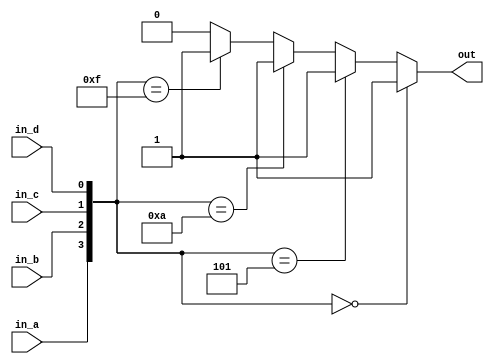
module conparator(
  in_a,
  in_b,
  in_c,
  in_d,
  out
);

input in_a;
input in_b;
input in_c;
input in_d;
output reg out;

always@(*)
  if({in_a, in_b, in_c, in_d} == 4'b0000)
    out = 1'b1;
  else if({in_a, in_b, in_c, in_d} == 4'b0101)
    out = 1'b1;
  else if({in_a, in_b, in_c, in_d} == 4'b1010)
    out = 1'b1;
  else if({in_a, in_b, in_c, in_d} == 4'b1111)
    out = 1'b1;
  else
    out = 1'b0;
endmodule